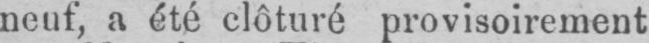
neuf, a été clôturé provisoirement